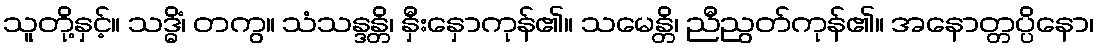
သူတို့နှင့်။ သဒ္ဓိံ၊ တကွ။ သံသန္ဒန္တိ၊ နှီးနှောကုန်၏။ သမေန္တိ၊ ညီညွတ်ကုန်၏။ အနောတ္တပ္ပိနော၊